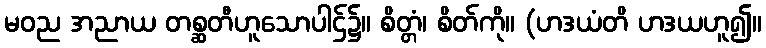
မဝည အညာယ တစ္ဆတီဟူသောပါဌ်၌။ စိတ္တံ၊ စိတ်ကို။ (ဟဒယံတိ ဟဒယဟူ၍။